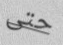
حتى